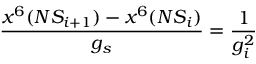
\frac { x ^ { 6 } ( N S _ { i + 1 } ) - x ^ { 6 } ( N S _ { i } ) } { g _ { s } } = \frac { 1 } { g _ { i } ^ { 2 } }